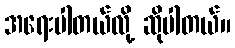
အရေးပါတယ်လို့ ဆိုပါတယ်။